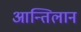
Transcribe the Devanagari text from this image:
आन्तिलान